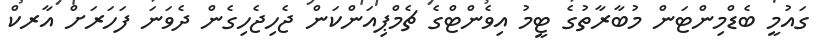
ގައުމީ ބެޑްމިންޓަން މުބާރާތުގެ ޓީމު އިވެންޓްގެ ޗެމްޕިއަންކަން ޖެހިޖެހިގެން ދެވަނަ ފަހަރަށް އާރކް